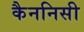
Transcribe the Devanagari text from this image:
कैननिसी